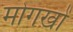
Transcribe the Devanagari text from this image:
मोगखों